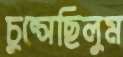
চুপ্‌সেছিলুম